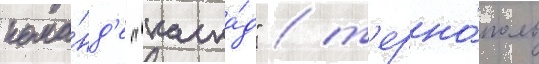
кома́нд'е "каска́д" / т'ерно́поль